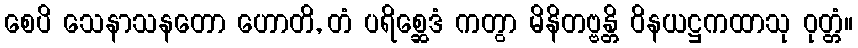
စေပိ သေနာသနတော ဟောတိ, တံ ပရိစ္ဆေဒံ ကတွာ မိနိတဗ္ဗန္တိ ဝိနယဋ္ဌကထာသု ဝုတ္တံ။